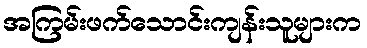
အကြမ်းဖက်သောင်းကျန်းသူများက